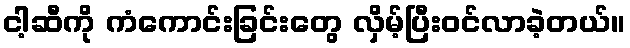
ငါ့ဆီကို ကံကောင်းခြင်းတွေ လှိမ့်ပြီးဝင်လာခဲ့တယ်။